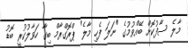
މާލެ ސާފުކޮށް ބޭއްވުމުގެ "ނަލަ ފެހި މާލެ" ޕްރޮގްރާމް ބިގާ ހަވާލުކުރީ ބޮޑު